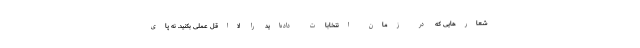
شعارهایی که در زمان انتخابات داده‌اید را لااقل عملی بکنید. نه پای